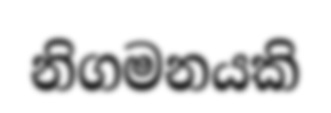
නිගමනයකි